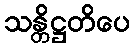
သန္တိဋ္ဌတိပေ